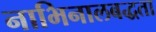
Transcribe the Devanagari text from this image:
नाभिनालबद्धता